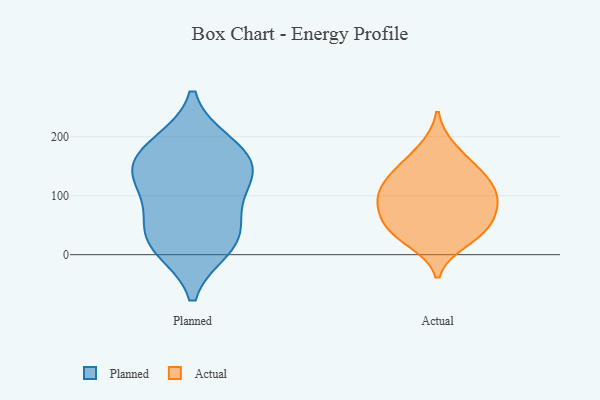
{"axis": {"x": "Demand Index", "y": "Value"}, "legend": ["Actual", "Planned"], "data": [{"x": "", "y": 189, "type": "Planned"}, {"x": "", "y": 155, "type": "Planned"}, {"x": "", "y": 46, "type": "Planned"}, {"x": "", "y": 145, "type": "Planned"}, {"x": "", "y": 39, "type": "Planned"}, {"x": "", "y": 125, "type": "Planned"}, {"x": "", "y": 134, "type": "Planned"}, {"x": "", "y": 12, "type": "Planned"}, {"x": "", "y": 185, "type": "Planned"}, {"x": "", "y": 87, "type": "Planned"}, {"x": "", "y": 10, "type": "Planned"}, {"x": "", "y": 23, "type": "Actual"}, {"x": "", "y": 56, "type": "Actual"}, {"x": "", "y": 89, "type": "Actual"}, {"x": "", "y": 41, "type": "Actual"}, {"x": "", "y": 138, "type": "Actual"}, {"x": "", "y": 101, "type": "Actual"}, {"x": "", "y": 180, "type": "Actual"}, {"x": "", "y": 40, "type": "Actual"}, {"x": "", "y": 78, "type": "Actual"}, {"x": "", "y": 144, "type": "Actual"}, {"x": "", "y": 98, "type": "Actual"}, {"x": "", "y": 125, "type": "Actual"}]}